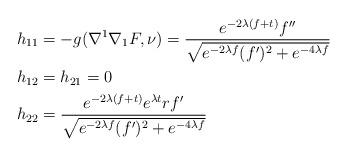
LaTeX: \begin{align*}h_{11}&= -g(\nabla^1\nabla_1 F, \nu)= \frac{e^{-2\lambda (f+t)}f''}{\sqrt{ e^{-2\lambda f} (f')^2+e^{-4\lambda f}}} \\h_{12}&= h_{21}=0\\h_{22}&= \frac{ e^{-2\lambda( f+t)} e^{\lambda t} r f'}{\sqrt{ e^{-2\lambda f} (f')^2+e^{-4\lambda f}}}\end{align*}